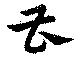
曹